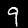
Digit: 9